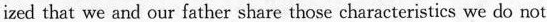
ized that we and our father share those characteristics we do not